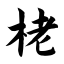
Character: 栳